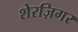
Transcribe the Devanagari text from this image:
शेरज़िगर